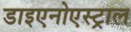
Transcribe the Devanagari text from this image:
डाइएनोएस्ट्राल